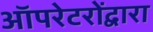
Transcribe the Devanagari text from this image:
ऑपरेटरोंद्वारा